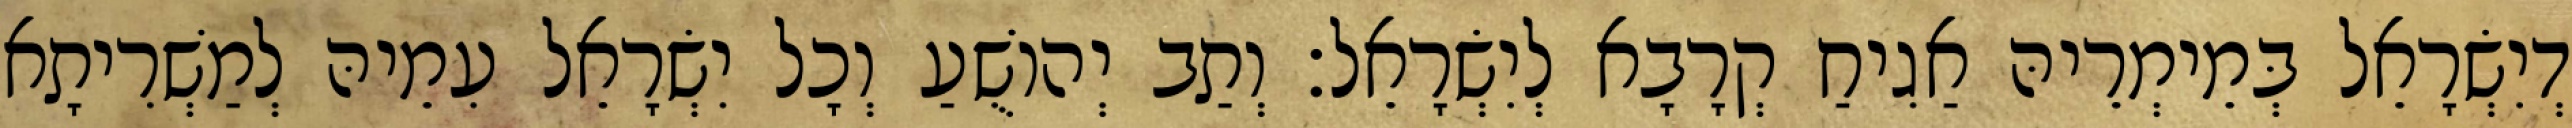
דְיִשְׂרָאֵל בְּמֵימְרֵיהּ אַגִיחַ קְרָבָא לְיִשְׂרָאֵל׃ וְתַב יְהוֹשֻׁעַ וְכָל יִשְׂרָאֵל עִמֵיהּ לְמַשְׁרִיתָא